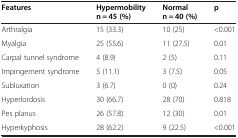
<table><thead><tr><td><b>Features</b></td><td><b>Hypermobility n = 45 (%)</b></td><td><b>Normal n = 40 (%)</b></td><td><b>p</b></td></tr></thead><tbody><tr><td>Arthralgia</td><td>15 (33.3)</td><td>10 (25)</td><td>&lt;0.001</td></tr><tr><td>Myalgia</td><td>25 (55.6)</td><td>11 (27.5)</td><td>0.01</td></tr><tr><td>Carpal tunnel syndrome</td><td>4 (8.9)</td><td>2 (5)</td><td>0.11</td></tr><tr><td>Impingement syndrome</td><td>5 (11.1)</td><td>3 (7.5)</td><td>0.05</td></tr><tr><td>Subluxation</td><td>3 (6.7)</td><td>0 (0)</td><td>0.24</td></tr><tr><td>Hyperlordosis</td><td>30 (66.7)</td><td>28 (70)</td><td>0.818</td></tr><tr><td>Pes planus</td><td>26 (57.8)</td><td>12 (30)</td><td>0.01</td></tr><tr><td>Hyperkyphosis</td><td>28 (62.2)</td><td>9 (22.5)</td><td>&lt;0.001</td></tr></tbody></table>